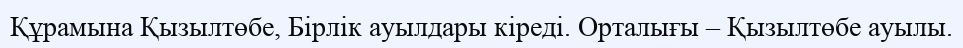
Құрамына Қызылтөбе, Бірлік ауылдары кіреді. Орталығы – Қызылтөбе ауылы.